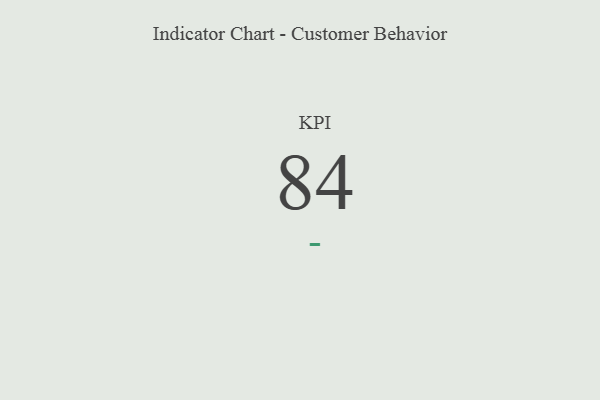
{"axis": {"x": "KPI", "y": "Value"}, "legend": [""], "data": [{"x": "KPI", "y": 84, "type": ""}]}